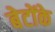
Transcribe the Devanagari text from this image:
बेटोंके